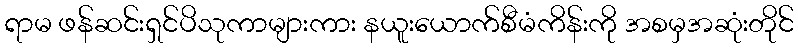
ရာမ ဖန်ဆင်းရှင်ပိသုကာများကား နယူးယောက်စီမံကိန်းကို အစမှအဆုံးတိုင်